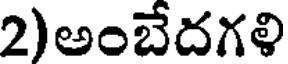
2)అంబేదగళి